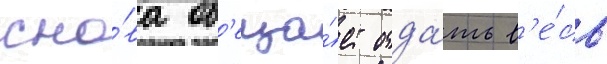
сно́ва об'еща́ет отда́ть в'е́сь